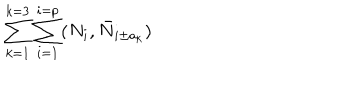
\sum _ { k = 1 } ^ { k = 3 } \sum _ { i = 1 } ^ { i = p } ( N _ { i } , \bar { N } _ { i \pm a _ { k } } )